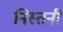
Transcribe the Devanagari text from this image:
निस्तनी